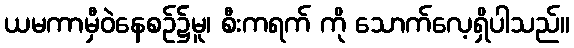
ယမကာမှီဝဲနေစဉ်၌မူ၊ စီးကရက် ကို သောက်လေ့ရှိပါသည်။